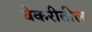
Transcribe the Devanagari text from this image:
बेकरीतील